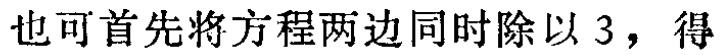
也可首先将方程两边同时除以 3，得